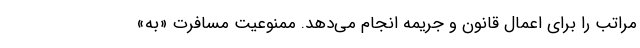
مراتب را برای اعمال قانون و جریمه انجام می‌دهد. ممنوعیت مسافرت «به»